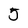
Character: 5